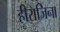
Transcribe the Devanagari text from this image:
हीराजिना